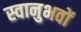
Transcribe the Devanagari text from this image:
स्वानुभवों